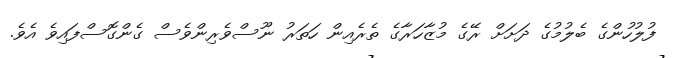
ފުލުހުންގެ ބެލުމުގެ ދަށަށް ރޭގެ މުޒާހަރާގެ ތެރެއިން ހަތަރު ނޫސްވެރިންވެސް ގެންގޮސްފައިވެ އެވެ.